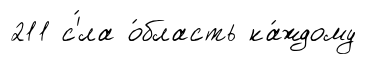
211 с'́ла о́бласть ка́ждому